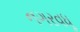
નગરવધૂ